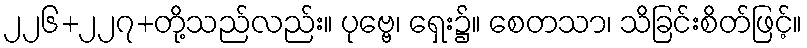
၂၂၆+၂၂၇+တို့သည်လည်း။ ပုဗ္ဗေ၊ ရှေး၌။ စေတသာ၊ သိခြင်းစိတ်ဖြင့်။